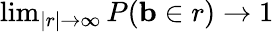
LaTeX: \begin{array}{r}{\operatorname*{lim}_{|r|\to\infty}P(\mathbf{b}\in r)\rightarrow 1}\end{array}